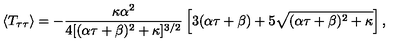
\langle T _ { \tau \tau } \rangle = - { \frac { \kappa \alpha ^ { 2 } } { 4 [ ( \alpha \tau + \beta ) ^ { 2 } + \kappa ] ^ { 3 / 2 } } } \left[ 3 ( \alpha \tau + \beta ) + 5 \sqrt { ( \alpha \tau + \beta ) ^ { 2 } + \kappa } \right] ,